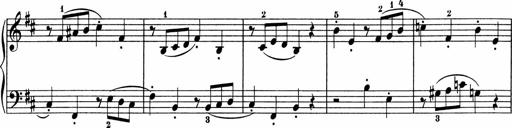
Title: 5 Sonatinen fÃ¼r die Jugend
Composer: Carl Reinecke